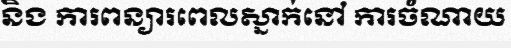
និង ការពន្យារពេលស្នាក់នៅ ការចំណាយ